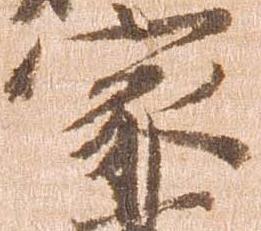
家